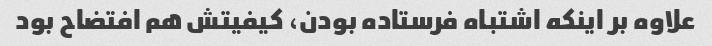
علاوه بر اینکه اشتباه فرستاده بودن، کیفیتش هم افتضاح بود